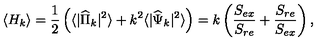
\langle H _ { k } \rangle = { \frac { 1 } { 2 } } \left( \langle | { \widehat \Pi } _ { k } | ^ { 2 } \rangle + k ^ { 2 } \langle | { \widehat \Psi } _ { k } | ^ { 2 } \rangle \right) = k \left( { \frac { S _ { e x } } { S _ { r e } } } + { \frac { S _ { r e } } { S _ { e x } } } \right) ,